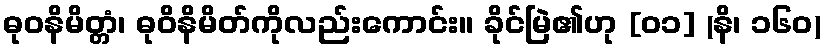
ဓုဝနိမိတ္တံ၊ ဓုဝိနိမိတ်ကိုလည်းကောင်း။ ခိုင်မြဲ၏ဟု [၀၁] (နိ၊ ၁၆၀)